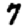
Digit: 7